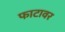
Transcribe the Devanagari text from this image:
फाटावर